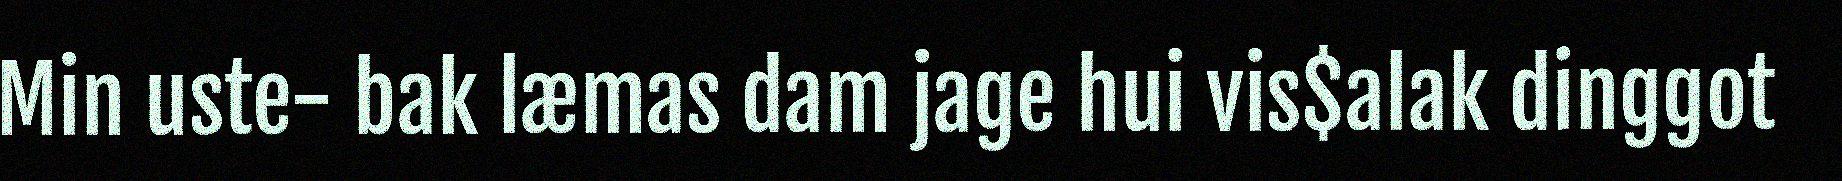
Min uste- bak læmas dam jage hui vis$alak dinggot